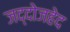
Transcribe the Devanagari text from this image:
जद्दोजहेद